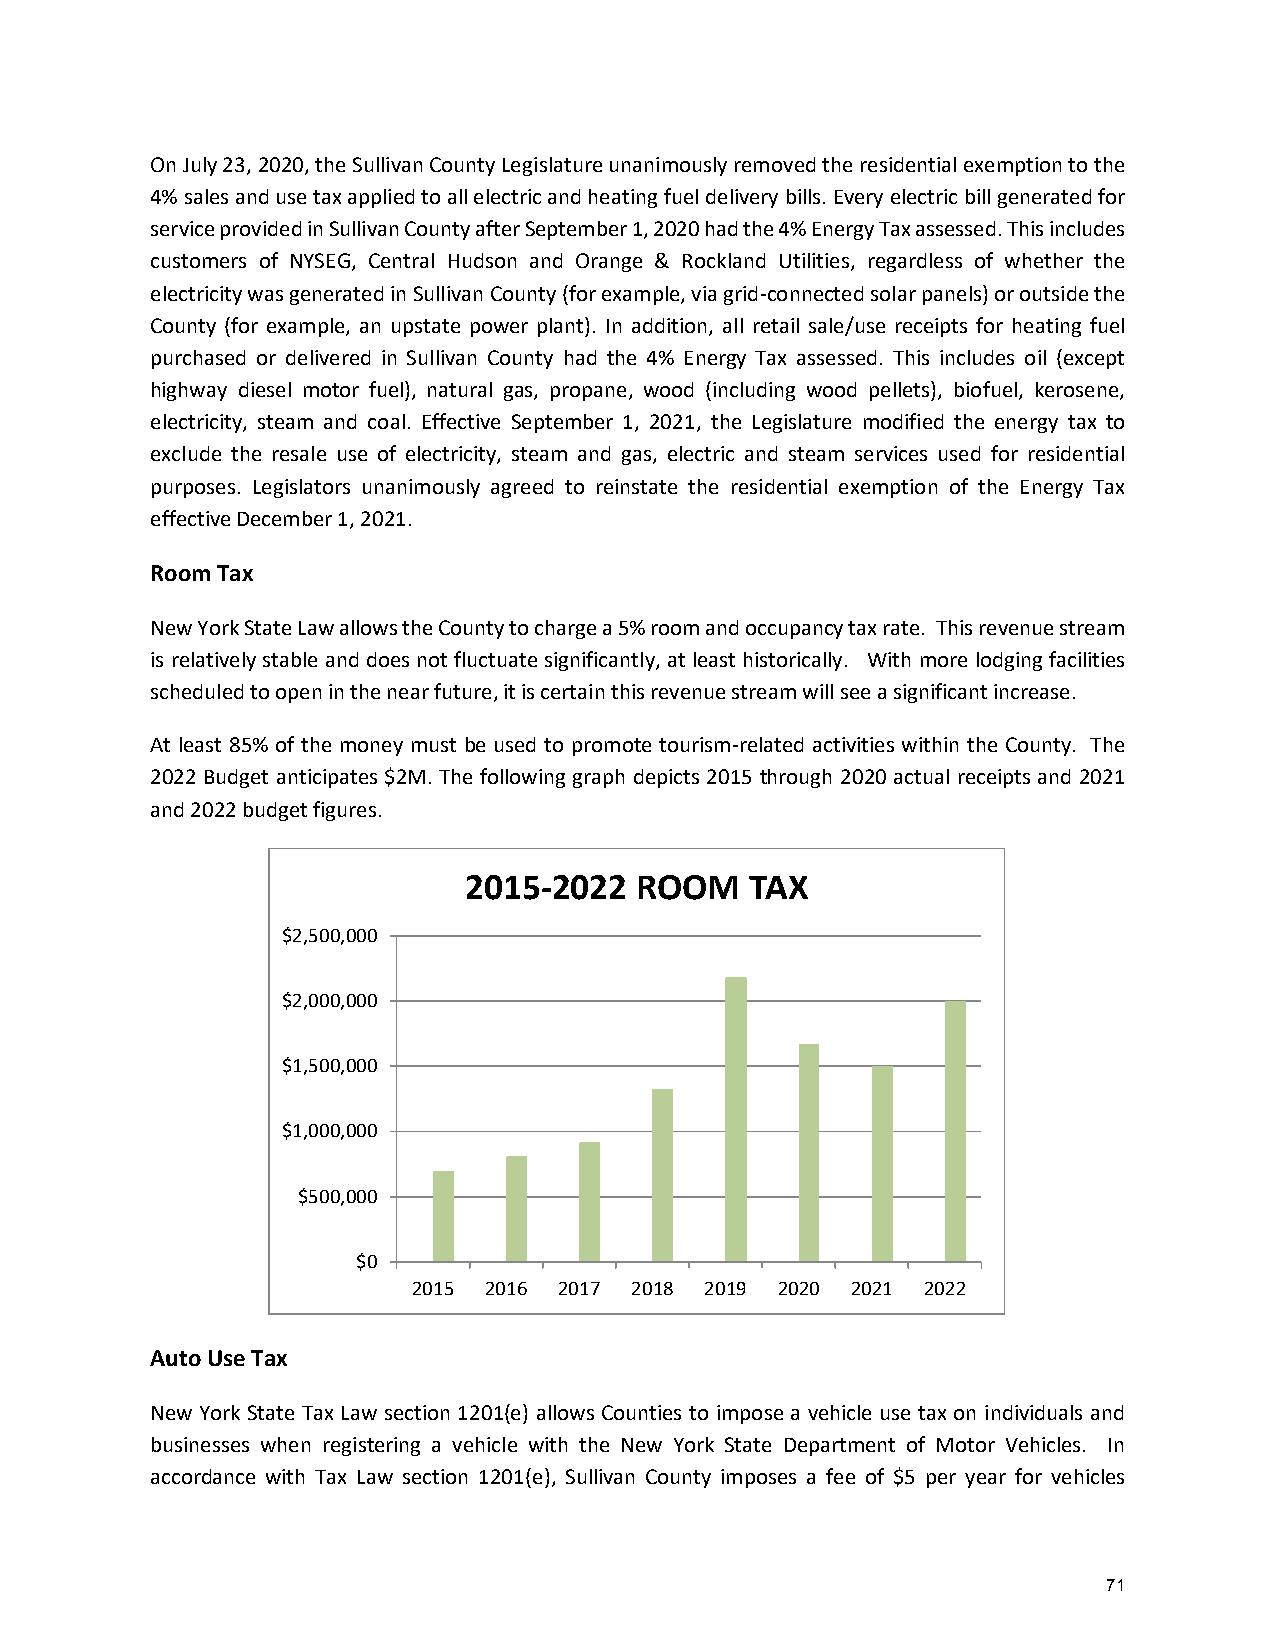
On July 23, 2020, the Sullivan County Legislature unanimously removed the residential exemption to the
 4% sales and use tax applied to all electric and heating fuel delivery bills. Every electric bill generated for
 service provided in Sullivan County after September 1, 2020 had the 4% Energy Tax assessed. This includes
 customers of NYSEG, Central Hudson and Orange & Rockland Utilities, regardless of whether the
 electricity was generated in Sullivan County (for example, via grid-connected solar panels) or outside the
 County (for example, an upstate power plant). In addition, all retail sale/use receipts for heating fuel
 purchased or delivered in Sullivan County had the 4% Energy Tax assessed. This includes oil (except
 highway diesel motor fuel), natural gas, propane, wood (including wood pellets), biofuel, kerosene,
 electricity, steam and coal. Effective September 1, 2021, the Legislature modified the energy tax to
 exclude the resale use of electricity, steam and gas, electric and steam services used for residential
 purposes. Legislators unanimously agreed to reinstate the residential exemption of the Energy Tax
 effective December 1, 2021.
 Room Tax
 New York State Law allows the County to charge a 5% room and occupancy tax rate. This revenue stream
 is relatively stable and does not fluctuate significantly, at least historically. With more lodging facilities
 scheduled to open in the near future, it is certain this revenue stream will see a significant increase.
 At least 85% of the money must be used to promote tourism-related activities within the County. The
 2022 Budget anticipates $2M. The following graph depicts 2015 through 2020 actual receipts and 2021
 and 2022 budget figures.
 2015-2022  ROOM    TAX
 $2,500,000
 $2,000,000
 $1,500,000
 $1,000,000
 $500,000
 $0
 2015 2016 2017 2018 2019 2020 2021 2022
 Auto Use Tax
 New York State Tax Law section 1201(e) allows Counties to impose a vehicle use tax on individuals and
 businesses when registering a vehicle with the New York State Department of Motor Vehicles. In
 accordance with Tax Law section 1201(e), Sullivan County imposes a fee of $5 per year for vehicles
 71